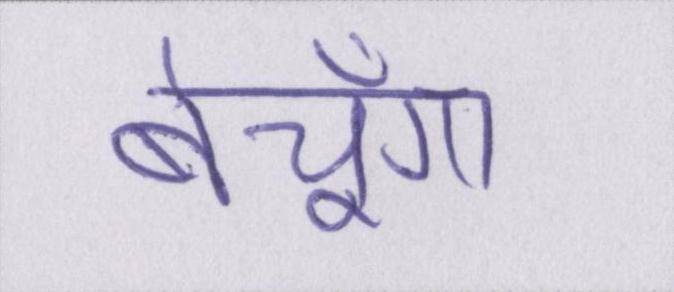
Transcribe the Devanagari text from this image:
बेचूँगा